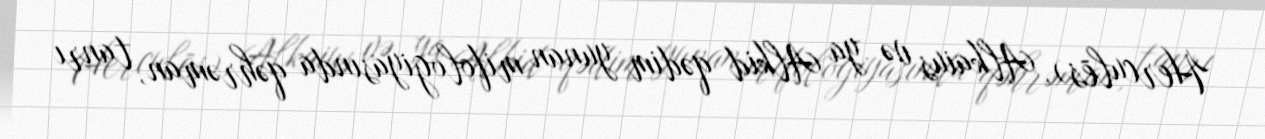
Herculēs), Alkaius və ya Alkid qədim yunan mifologiyasında qəhrəman, tanrı